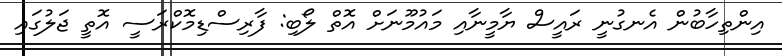
އިންތިހާބުން އެނގުނީ ރައީސް ޔާމީނާއި މައުމޫނަށް އޮތް ލޯބި: ފާރިސްޑިމޮކްރަސީ އޮތީ ޖަލުގައި